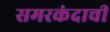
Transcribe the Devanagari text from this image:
समरकंदाची